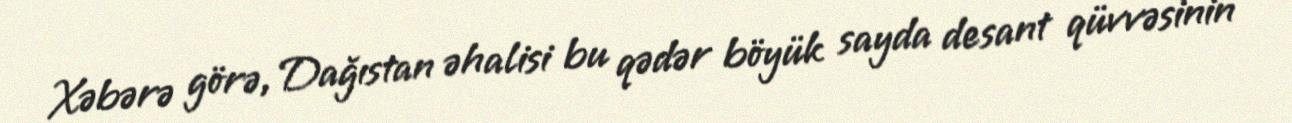
Xəbərə görə, Dağıstan əhalisi bu qədər böyük sayda desant qüvvəsinin